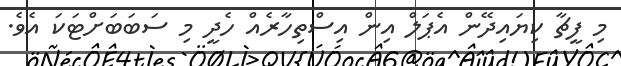
މި ފީޗާ ކިޔައިދޭން އެޕަލް އިން އިސްތިހާރެއް ހެދީ މި ސަބަބަށްޓަކަ އެވެ.